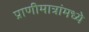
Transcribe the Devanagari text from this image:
प्राणीमात्रांमध्ये